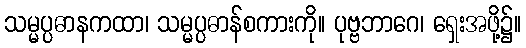
သမ္မပ္ပဓာနကထာ၊ သမ္မပ္ပဓာန်စကားကို။ ပုဗ္ဗဘာဂေ၊ ရှေးအဖို့၌။